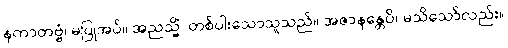
နကာတဗ္ဗံ၊ မပြုအပ်။ အညသ္မိံ၊ တစ်ပါးသောသူသည်။ အဇာနန္တေပိ၊ မသိသော်လည်း။